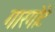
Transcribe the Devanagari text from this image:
गारगोटे